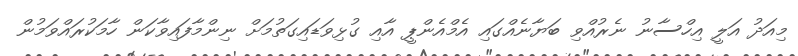
މިއަދު އަލީ އިހްސާނު ނެރުއްވި ބަޔާނެއްގައި އެމްއެންޕީ އާއި ގުޅިވަޑައިގަތުމަށް ނިންމާފައިވާކަން ހާމަކުރައްވަމުން